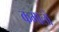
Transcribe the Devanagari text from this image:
कमालों